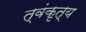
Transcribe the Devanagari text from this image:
त्वंकृत्य